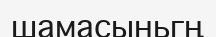
шамасыньгң